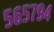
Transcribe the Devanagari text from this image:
५६५७९४